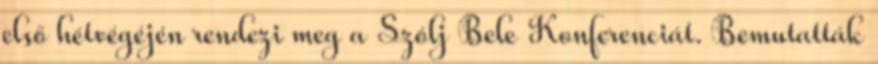
első hétvégéjén rendezi meg a Szólj Bele Konferenciát. Bemutatták